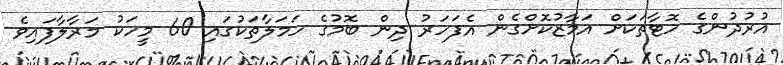
އުރުދުންގެ ހޮޓާތަކަށް އަމާޒުކޮށްގެން އެފަހަރު ދިން ބޮމުގެ ހަމަލާތަކުގައި 60 މީހަކު މަރާލާފައިވެ